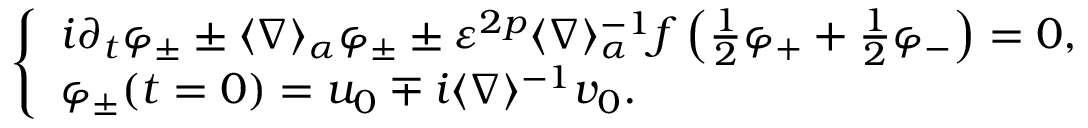
\left\{ \begin{array} { l } { i \partial _ { t } \varphi _ { \pm } \pm \langle \nabla \rangle _ { \alpha } \varphi _ { \pm } \pm \varepsilon ^ { 2 p } \langle \nabla \rangle _ { \alpha } ^ { - 1 } f \left( \frac { 1 } { 2 } \varphi _ { + } + \frac { 1 } { 2 } \varphi _ { - } \right) = 0 , } \\ { \varphi _ { \pm } ( t = 0 ) = u _ { 0 } \mp i \langle \nabla \rangle ^ { - 1 } v _ { 0 } . } \end{array} \right.